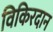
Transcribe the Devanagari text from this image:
विकिरदान